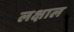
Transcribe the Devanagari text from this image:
लक्षाल